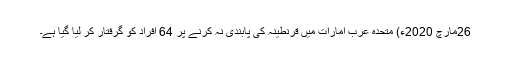
26مارچ 2020ء) متحدہ عرب امارات میں قرنطینہ کی پابندی نہ کرنے پر 64 افراد کو گرفتار کر لیا گیا ہے۔